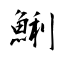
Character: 鯏